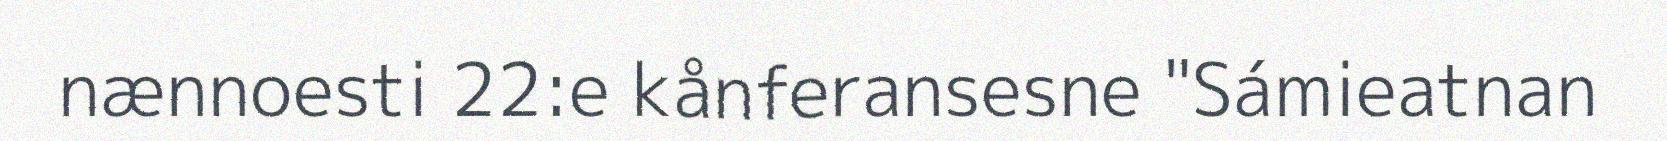
nӕnnoesti 22:e kånferansesne "Sámieatnan